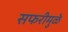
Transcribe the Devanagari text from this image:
सफरीमुळे